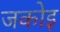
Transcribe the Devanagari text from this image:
जकोइ